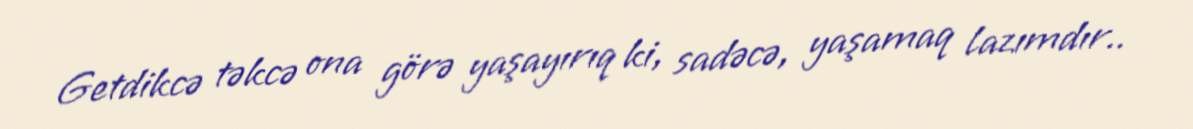
Getdikcə təkcə ona görə yaşayırıq ki, sadəcə, yaşamaq lazımdır..